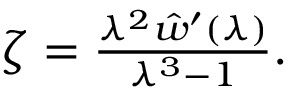
\begin{array} { r } { \zeta = \frac { \lambda ^ { 2 } \hat { w } ^ { \prime } ( \lambda ) } { \lambda ^ { 3 } - 1 } . } \end{array}